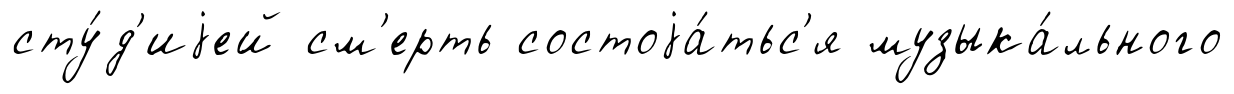
сту́д'иjей см'ерть состоjа́тьс'я музыка́льного